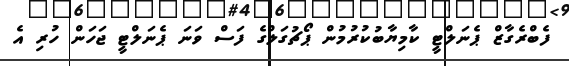
ފެބްރެގާޒް ޕެނަލްޓީ ކާމިޔާބުކުރުމުން ޕޯޗުގަލްގެ ފަސް ވަނަ ޕެނަލްޓީ ޖަހަން ހުރި އެ